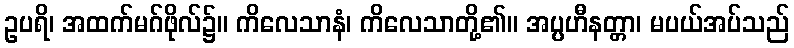
ဥပရိ၊ အထက်မဂ်ဖိုလ်၌။ ကိလေသာနံ၊ ကိလေသာတို့၏။ အပ္ပဟီနတ္တာ၊ မပယ်အပ်သည်